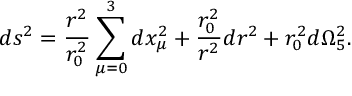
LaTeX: d s ^ { 2 } = \frac { r ^ { 2 } } { r _ { 0 } ^ { 2 } } \sum _ { \mu = 0 } ^ { 3 } d x _ { \mu } ^ { 2 } + \frac { r _ { 0 } ^ { 2 } } { r ^ { 2 } } d r ^ { 2 } + r _ { 0 } ^ { 2 } d \Omega _ { 5 } ^ { 2 } .